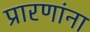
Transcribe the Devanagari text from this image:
प्रारणांना